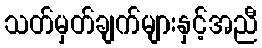
သတ်မှတ်ချက်များနှင့်အညီ